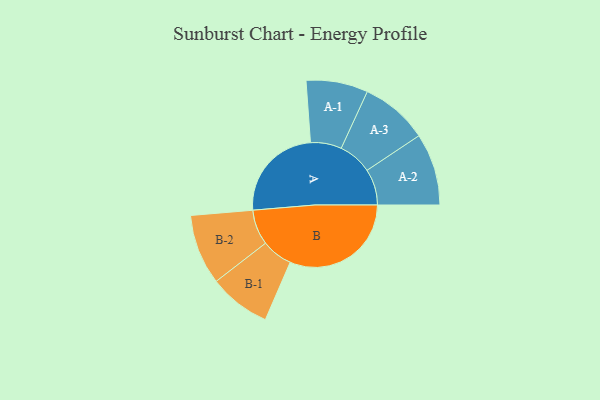
{"axis": {"x": "Segment", "y": "Value"}, "legend": ["", "A", "B"], "data": [{"x": "A", "y": 339, "type": ""}, {"x": "B", "y": 424, "type": ""}, {"x": "A-1", "y": 108, "type": "A"}, {"x": "A-2", "y": 126, "type": "A"}, {"x": "A-3", "y": 118, "type": "A"}, {"x": "B-1", "y": 108, "type": "B"}, {"x": "B-2", "y": 123, "type": "B"}]}